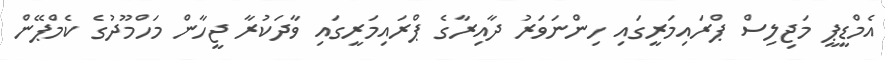
އެމްޑީޕީ މަޖިލިސް ޕްރައިމަރީގައި ހިންނަވަރު ދާއިރާގެ ޕްރައިމަރީގައި ވާދަކުރާ ޖީހާން މަހްމޫދުގެ ކެމްޕޭން